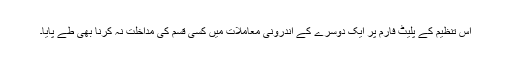
اس تنظیم کے پلیٹ فارم پر ایک دوسرے کے اندرونی معاملات میں کسی قسم کی مداخلت نہ کرنا بھی طے پایا۔